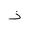
Letter: _thal